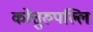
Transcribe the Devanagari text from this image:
कोत्तुरुपल्लि